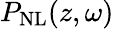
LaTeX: P_{\mathrm{NL}}(z,\omega)